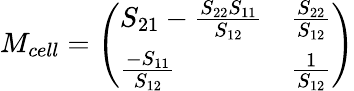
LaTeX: M_{cell}=\left(\begin{array}{ll}{S_{21}-\frac{S_{22}S_{11}}{S_{12}}}&{\frac{S_{22}}{S_{12}}}\\ {\frac{-S_{11}}{S_{12}}}&{\frac{1}{S_{12}}}\end{array}\right)